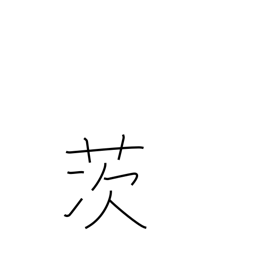
Meaning: briar